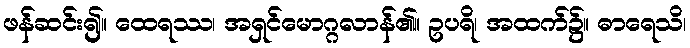
ဖန်ဆင်း၍။ ထေရဿ၊ အရှင်မောဂ္ဂလာန်၏။ ဥပရိ၊ အထက်၌။ ဓာရေသိ၊